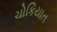
ચોકિયાત